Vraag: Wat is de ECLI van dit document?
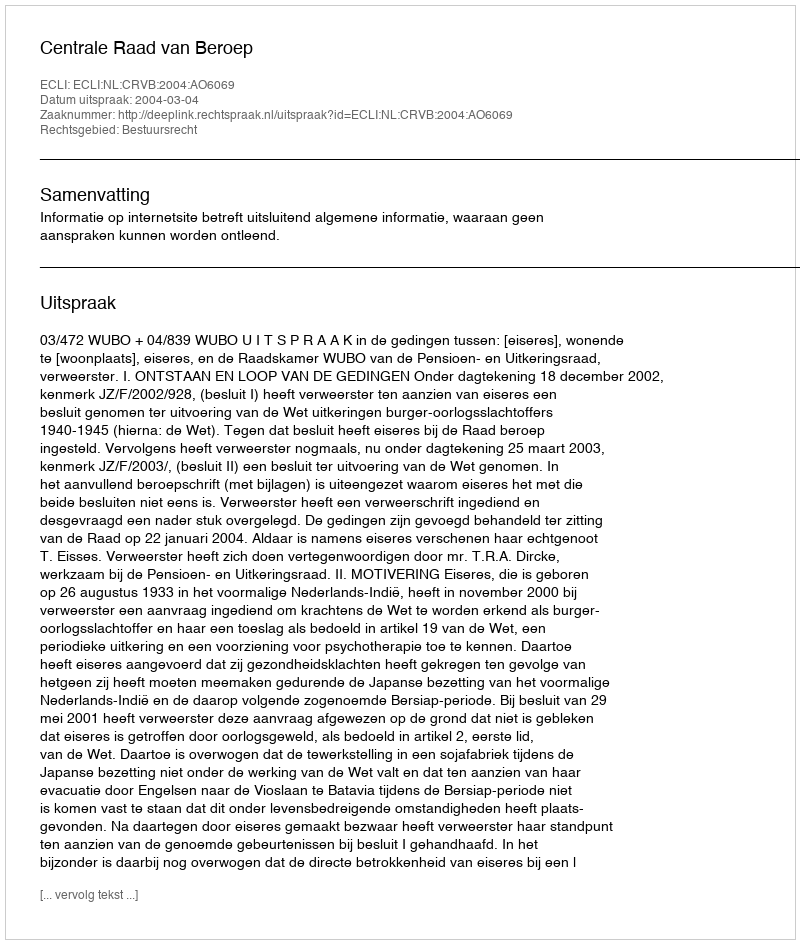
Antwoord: ECLI:NL:CRVB:2004:AO6069